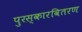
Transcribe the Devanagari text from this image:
पुरस्कारवितरण